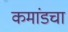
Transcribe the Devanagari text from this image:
कमांडचा